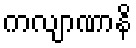
ကလျာဏာနိ